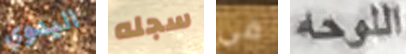
اليدوي سجله في اللوحه